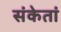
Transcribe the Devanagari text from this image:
संकेतां